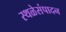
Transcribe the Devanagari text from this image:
स्थळेसंपादन